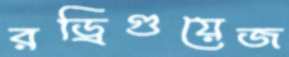
রড্রিগুয়েজ